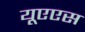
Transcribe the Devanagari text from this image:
यूएएस